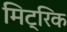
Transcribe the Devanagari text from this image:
मिट्रिक